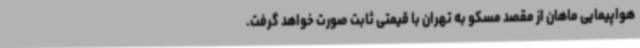
هواپیمایی ماهان از مقصد مسکو به تهران با قیمتی ثابت صورت خواهد گرفت.